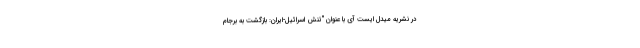
در نشریه میدل ایست آی با عنوان "تنش اسرائیل-ایران: بازگشت به برجام